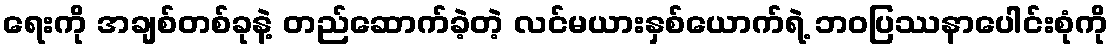
ရေးကို အချစ်တစ်ခုနဲ့ တည်ဆောက်ခဲ့တဲ့ လင်မယားနှစ်ယောက်ရဲ့ ဘဝပြဿနာပေါင်းစုံကို